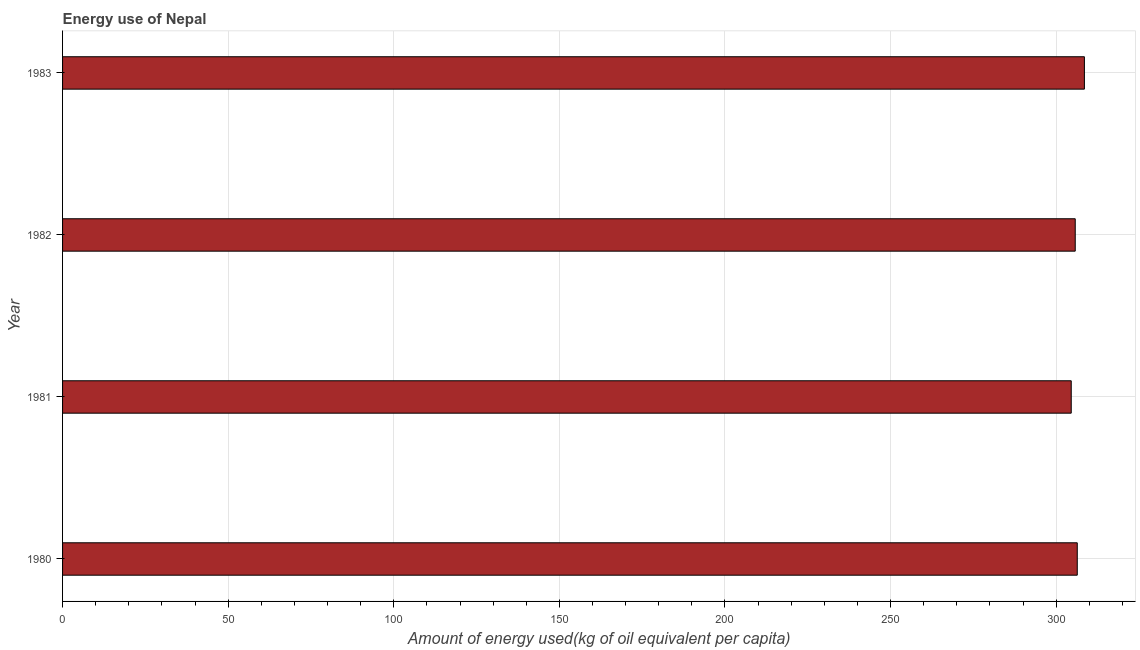
| Year | Energy use  |
 | --- | --- |
 | 1980 | 306 |
 | 1981 | 305 |
 | 1982 | 306 |
 | 1983 | 309 |